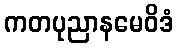
ကတပုညာနမေဝိဒံ